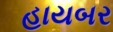
હાયબર